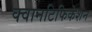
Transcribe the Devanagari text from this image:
क्वानटिफिकेशन